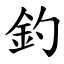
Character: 釣